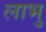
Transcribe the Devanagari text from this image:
लाभु